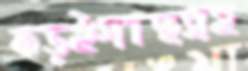
কড়ইগাছসহ